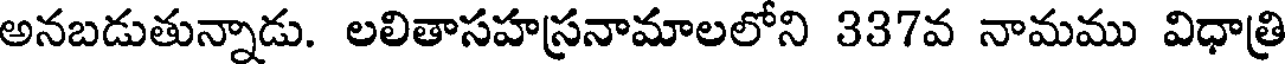
అనబడుతున్నాడు. లలితాసహస్రనామాలలోని 337వ నామము విధాత్రి